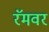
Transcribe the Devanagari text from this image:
रॅमवर